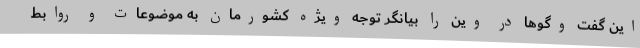
این گفت وگوها در وین را بیانگر توجه ویژه کشورمان به موضوعات و روابط